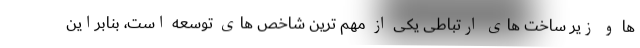
ها و زیر ساخت های ارتباطی یکی از مهم ترین شاخص های توسعه است، بنابراین